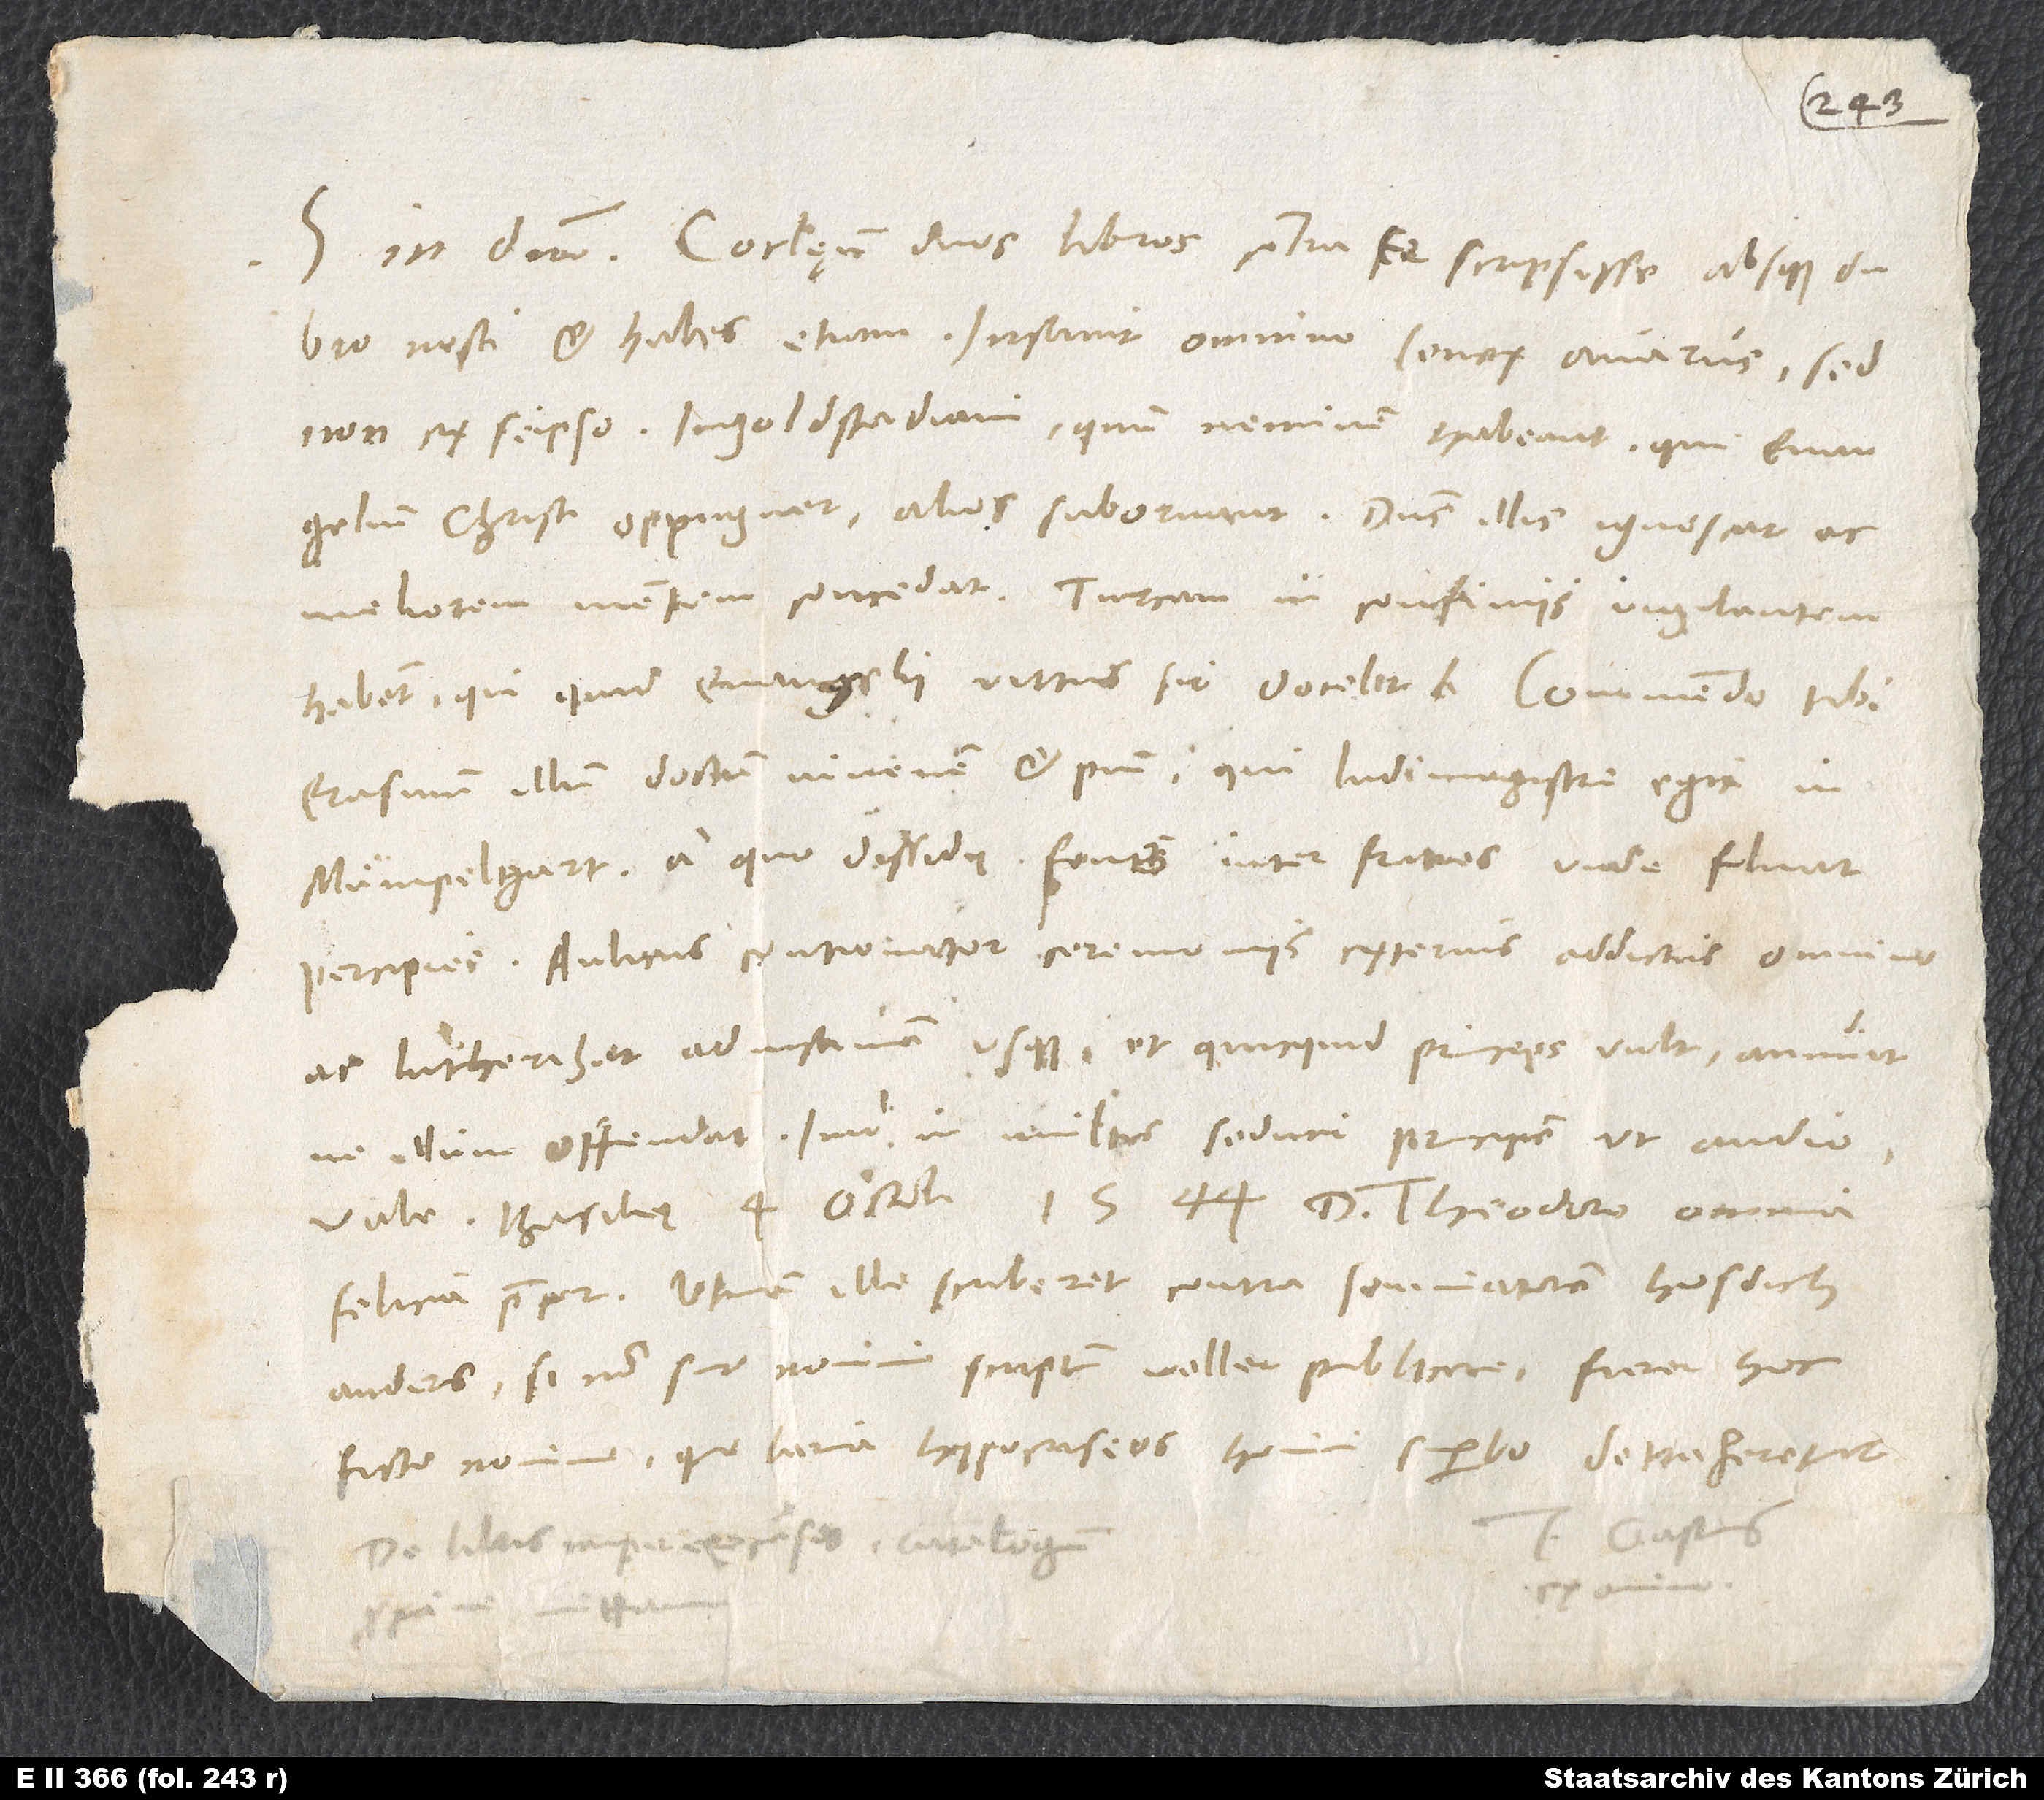
Coclęum duos libros contra te scripsisse absque dubio
nosti et habes etiam. Insanit omnino senex avarus, sed
non ex se ipso. Ingolstadiani, quum neminem habeant, qui evangelium
meliorem mentem concedat. Turcam in confiniis vigilantem
Erasmum illum, doctum iuvenem et pium, qui ludimagistrum egit in
Mümpelgart, a quo, dissidii fons inter fratres unde fluat,
percipies. Aulicus contionator ceremoniis externis addictus omnino
ac lutherizat ad insaniam usque, et quicquid princeps vult, annuit,
ne illum offendat; imo in multis seduci principem, ut audio.
felicia precor. Utinam ille scriberet contra somniantem Hosdich
Anders! Si non sine nomine scriptum vellet publicare, fieret hoc
ficto nomine, quo larva hypocriseos homini superbo detraheretur.
Tuus Gastius
De libris nuper excusis catalogum